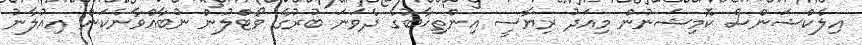
އިލެކްޝަންސް ކޮމިޝަނުން މިއަދު ރިޔާސީ އިންތިޚާބުގެ ދެވަނަ ބުރުގެ ވޯޓްލުން ނުބާއްވާނެކަން އިއުލާނު